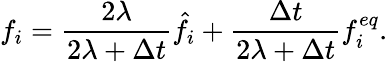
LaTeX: f_{i}=\frac{2\lambda}{2\lambda+\Delta t}\hat{f}_{i}+\frac{\Delta t}{2\lambda+\Delta t}f_{i}^{eq}.